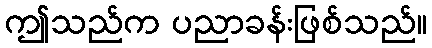
ဤသည်က ပညာခန်းဖြစ်သည်။